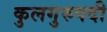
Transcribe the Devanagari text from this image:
कुलगुरुपदी